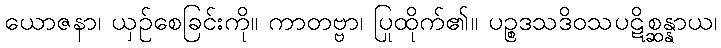
ယောဇနာ၊ ယှဉ်စေခြင်းကို။ ကာတဗ္ဗာ၊ ပြုထိုက်၏။ ပဉ္စဒသဒိဝသပဋိစ္ဆန္နာယ၊